Indian journal of veterinary science and animal husbandry - Volume 8,
Year: 1938
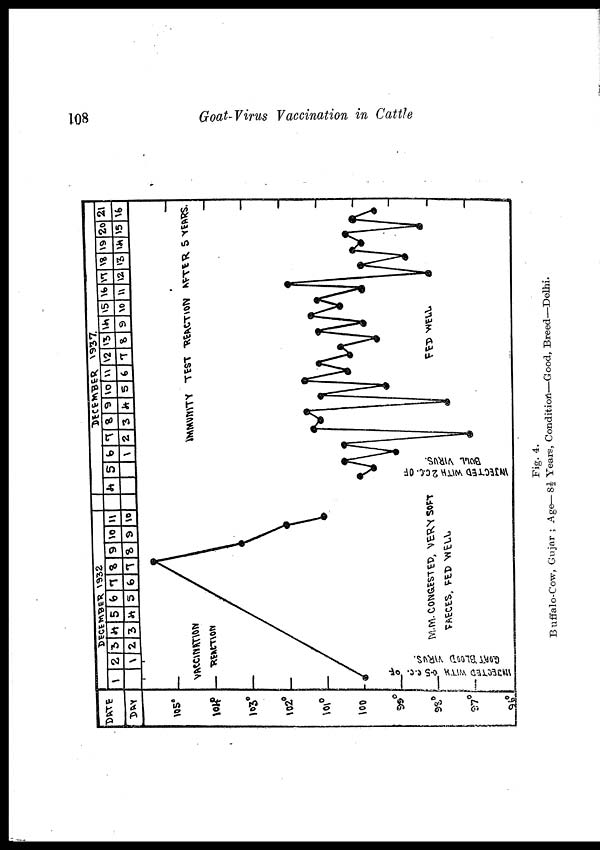
108
Goat-Virus Vaccination in Cattle
Fig. 4.
Buffalo-Cow, Gujar ; Age—8½ Years, Condition—Good, Breed—Delhi.